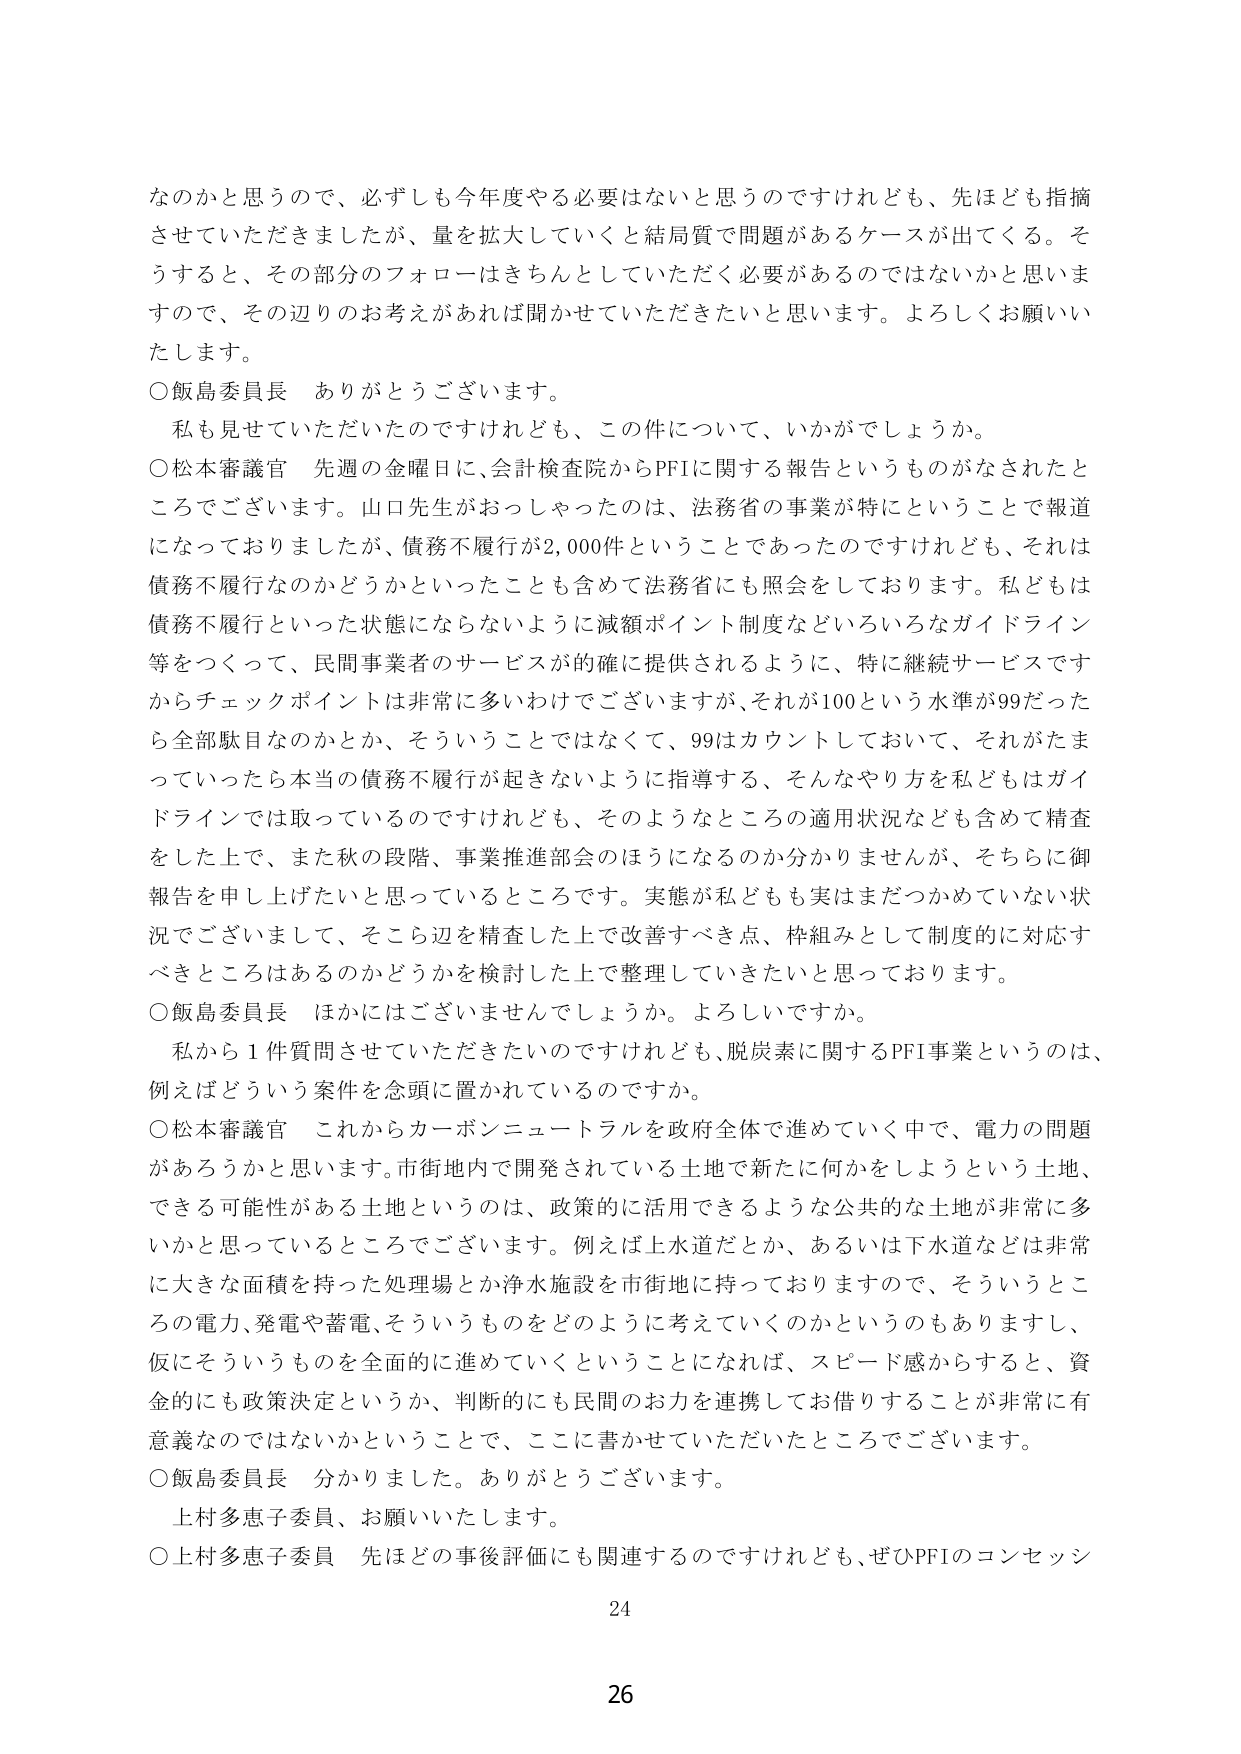
なのかと思うので、必ずしも今年度やる必要はないと思うのですけれども、先ほども指摘させていただきましたが、量を拡大していくと結局質で問題があるケースが出てくる。そうすると、その部分のフォローはきちんとしていただく必要があるのではないかと思いますので、その辺りのお考えがあれば聞かせていただきたいと思います。よろしくお願いいたします。

○飯島委員長　ありがとうございます。

　私も見せていただいたのですけれども、この件について、いかがでしょうか。

○松本審議官　先週の金曜日に、会計検査院からPFIに関する報告というものがなされたところでございます。山口先生がおっしゃったのは、法務省の事業が特にということで報道になっておりましたが、債務不履行が2,000件ということであったのですけれども、それは債務不履行なのかどうかといったことも含めて法務省にも照会をしております。私どもは債務不履行といった状態にならないように減額ポイント制度などいろいろなガイドライン等をつくって、民間事業者のサービスが的確に提供されるように、特に継続サービスですからチェックポイントは非常に多いわけでございますが、それが100という水準が99だったら全部駄目なのかとか、そういうことではなくて、99はカウントしておいて、それがたまっていったら本当の債務不履行が起きないように指導する、そんなやり方を私どもはガイドラインでは取っているのですけれども、そのようなところの適用状況なども含めて精査をした上で、また秋の段階、事業推進部会のほうになるのか分かりませんが、そちらに御報告を申し上げたいと思っているところでございます。実態が私どもも実はまだつかめていない状況でございまして、そこら辺を精査した上で改善すべき点、枠組みとして制度的に対応すべきところはあるのかどうかを検討した上で整理していきたいと思っております。

○飯島委員長　ほかにはございませんでしょうか。よろしいですか。

　私から1件質問させていただきたいのですけれども、脱炭素に関するPFI事業というのは、例えばどういう案件を念頭に置かれているのですか。

○松本審議官　これからカーボンニュートラルを政府全体で進めていく中で、電力の問題があろうかと思います。市街地内で開発されている土地で新たに何かをしようという土地、できる可能性がある土地というのは、政策的に活用できるような公共的な土地が非常に多いかと思っているところでございます。例えば上水道だとか、あるいは下水道などは非常に大きな面積を持った処理場とか浄水施設を市街地に持っておりまして、そういうところの電力、発電や蓄電、そういうものをどのように考えていくのかというのもありますし、仮にそういうものを全面的に進めていくということになれば、スピード感からすると、資金的にも政策決定というか、判断的にも民間のお力を連携してお借りすることが非常に有意義なのではないかということで、ここに書かせていただいたところでございます。

○飯島委員長　分かりました。ありがとうございます。

　上村多恵子委員、お願いいたします。

○上村多恵子委員　先ほどの事後評価にも関連するのですけれども、ぜひPFIのコンセッシ

24

26